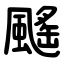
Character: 䬙